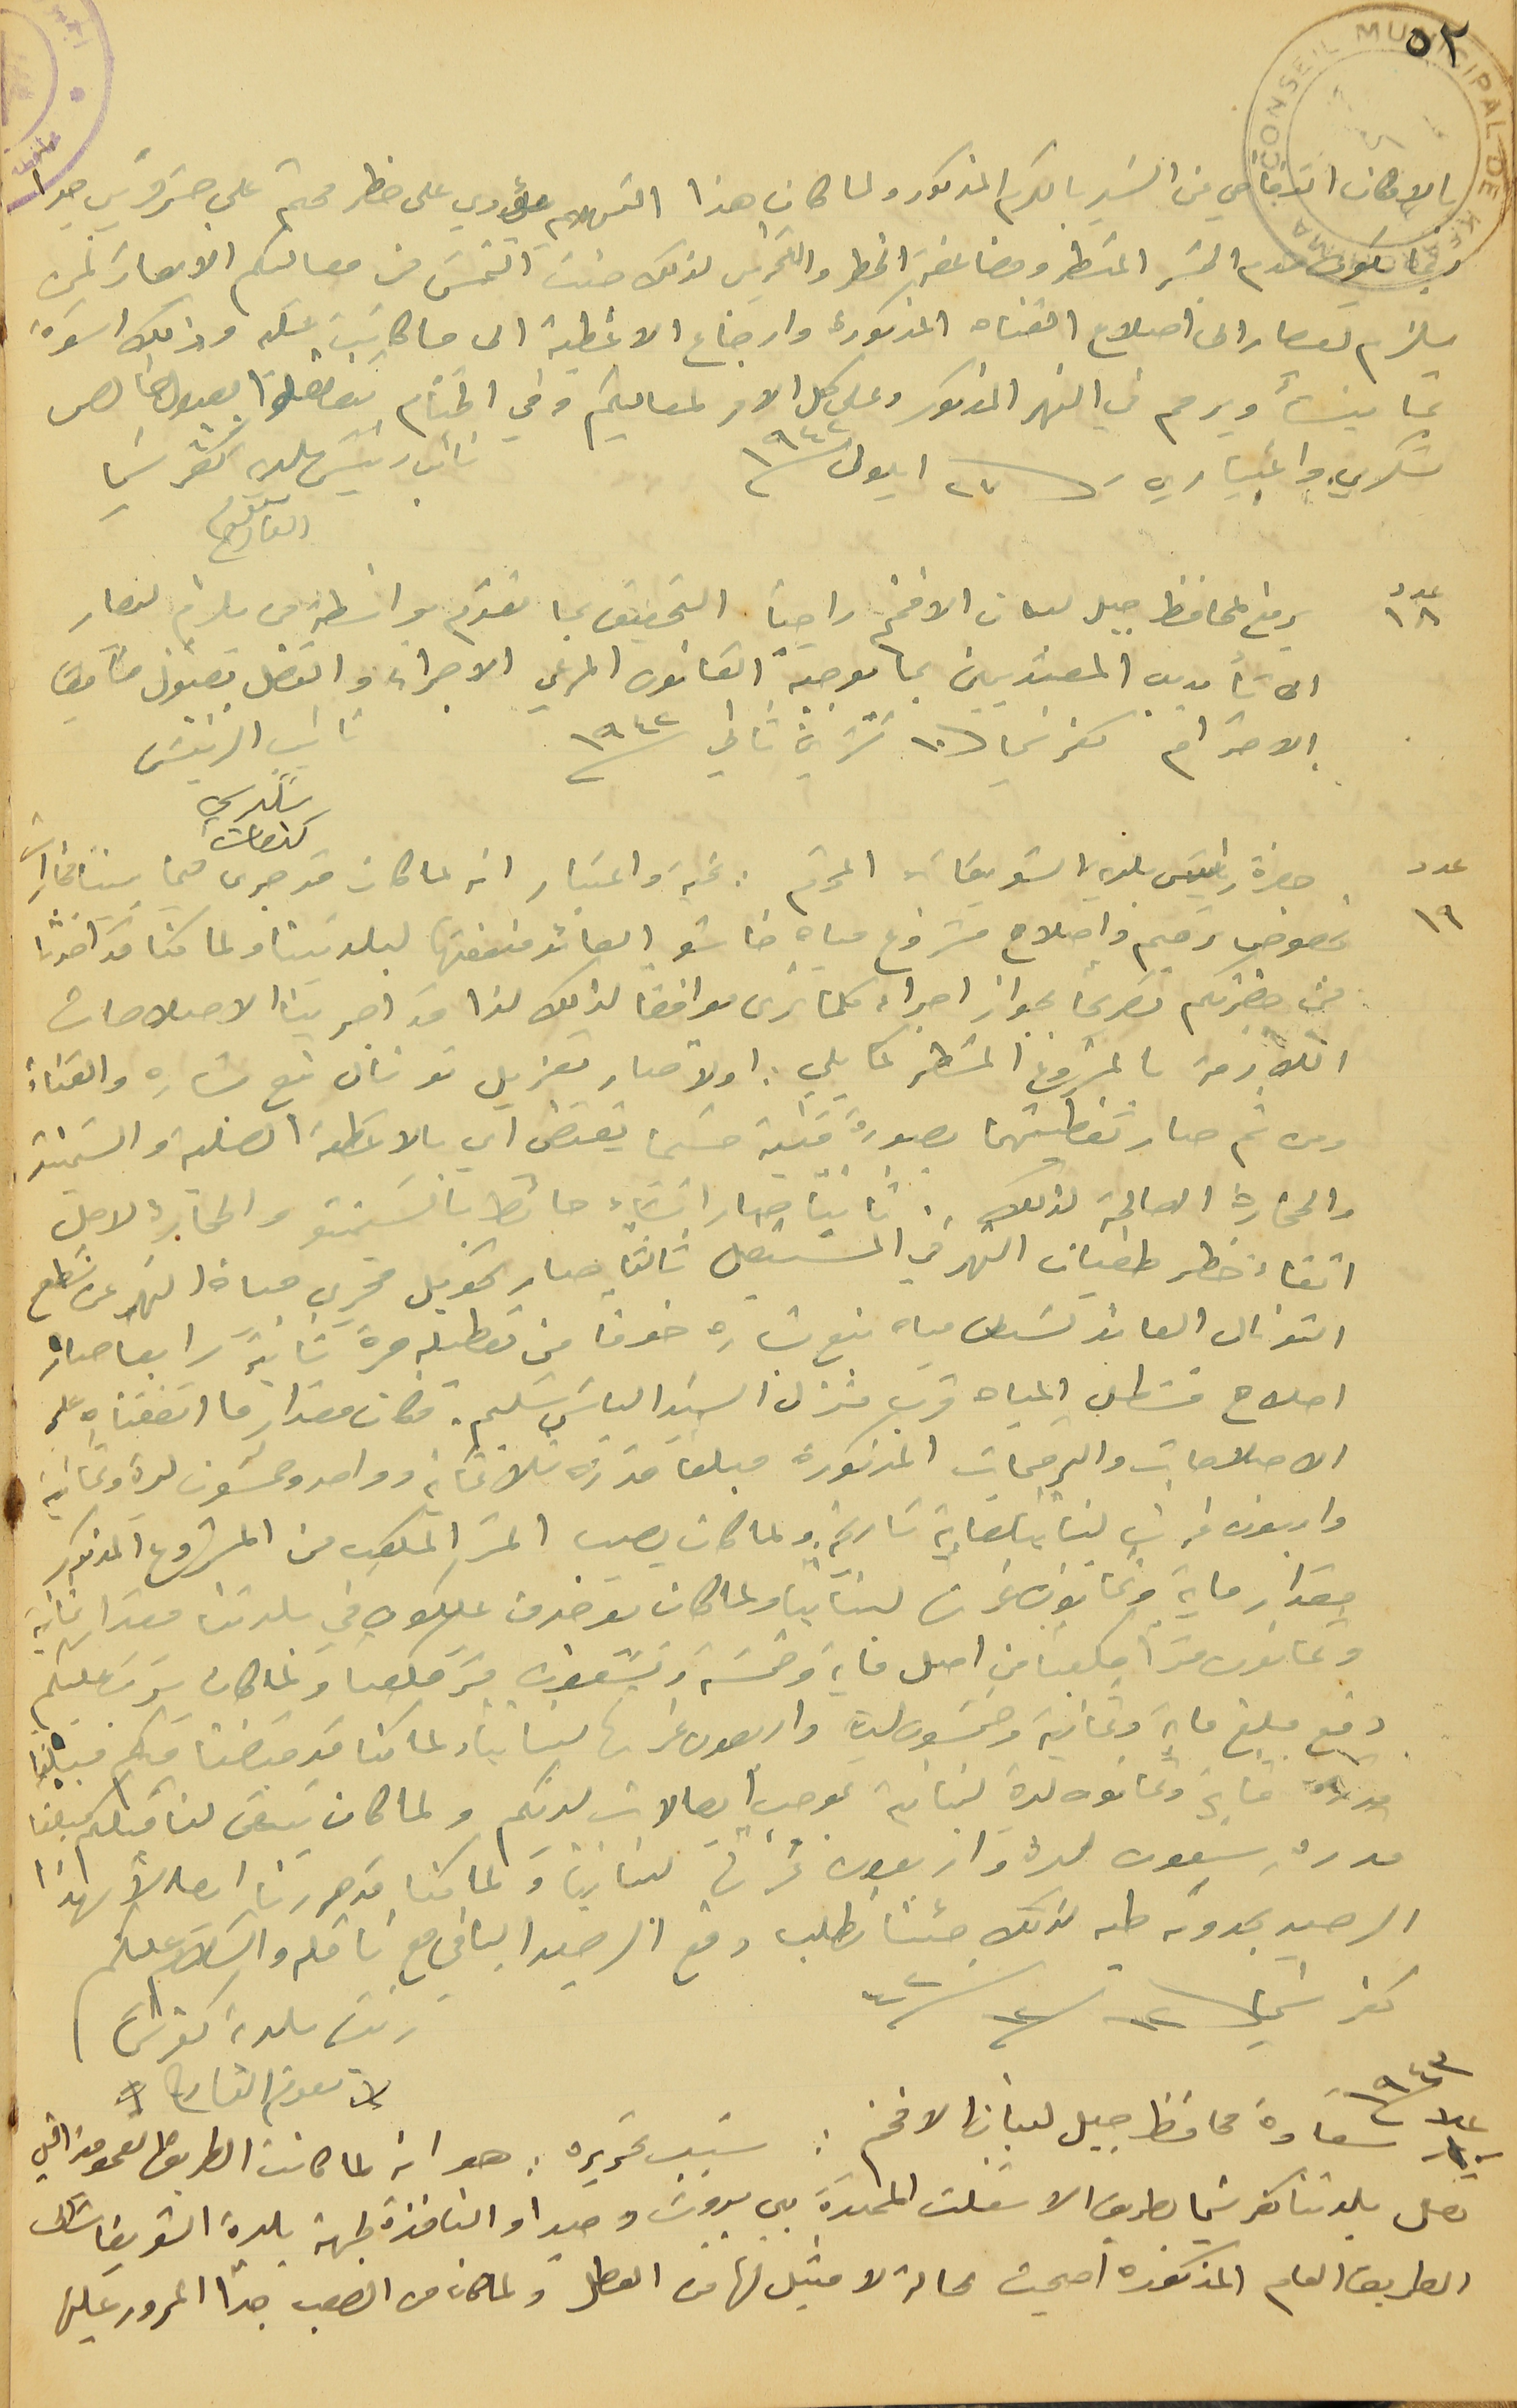
٥٢
بالامكان التغاضي عن السَير بالكرم المذكور ولما كان هذا التهدم يؤدي على خطر محتم على جسَر قريب جدا
ربما يكون قدم الجسَر المسَطر ومضاعفة الخطر والتخريب لذلك جئت التمسَ من معاليكم الايعاز لمن
يلزم ليصار الى اصلاح القناه المذكورة وارجاع الاغطية الى ما كانت عليه وذلك اسَوة
بما ينشأ ويرمم في النهر المذكور وعلى كل الامر لمعاليكم وفي الختام تفضلوا بقبول بخالص
يرفع لمحافظ جبل لبنان الافخم راجياً التحقيق بما تقدم بواسَطة من يلزم ليصار
الى تأديب المعتديين بما يوجبة القانون المرعي الاجراء والتفضل بقبول فايق
الاحترام كفرشيما 10 تشرين ثاني سنه 1942
حضرة رئيس بلدية الشويفات المحترم : تحية واعتبار انه لما كان قد جرى فيما بيننا شجارات
بخصوص ترميم واصلاح مشروع مياه خاشو العائد منفعتها لبلديتنا ولما كنا قد اخذنا
من حضرتكم تصريحاً بجواز اجراء كلما ترى موافقاً لذلك لذا قد اجرينا الاصلاحات
اللازمة بالمشروع المسَطر كما يلي. اولا صار تعزيل تونال نبع بشاره والقناة
ومن ثم صار تغطيتهما بصورة فنية حسَبما يقتضى اي بالاغطية الصلبة والسَمنتيه.
والححارة الصالحة لذلك. ثانياً صار انشاء حائط بالسَيمنتو والحجار لاجل
اتقاء خطر طفيان النهر في المسَتقبل ثالثاً صار تحويل مجرى قناة النهر عن سَطح
التونال العائد قسَطل مياه نبع بشاره خوفًا من تعطيله مرة ثانية رابعا صار
اصلاح قسَطل المياه قرب منزل السَيد الياسَ سَليم. فكان مقدار ما انفقناه على
الاصلاحات والترميمات المذكورة مبلغا قدره ثلاثماية وواحد وخمسَون ليرة وثمانية
 واربعون غرشا لبنانيًا لغاية تاريخه. ولما كان يصيب المتر المكعب من المشروع المذكور
مقدار ماية وثمانون غرشا  لبنانياً ولما كان يوجد من يملكون في بلدتنا مقدار ثمانية
 وثمانون مترًا مكعبا من اصل ماية وخمسَة وتسَعون متر مكعبا ولما كان يرتب عليكم
دفع مبلغ ماية وثمانية وخمسَون ليرة واربعون غرشا لبنانياً ولما كنا قد قبضنا منكم مبلغًا
قدره ماية وثمانون ليرة لبنانية بموجب ايصالات لديكم ولما كان يتبقى لنا منكم مبلغا
قدره سَبعون ليرة واربعون غرشاً لبنانياً ولما كنا قد حررنا ايصالاً بهذا
الرصيد تجدونه طيه لذلك جئنا نطلب دفع الرصيد الباقي مع ناقله والسَلام عليكم
كفرشيما 12/ 12/ 42
تصل بلدتنا كفرشيما بطريق الاسَفلت الممتدة بين بيروت وصيدا والنافذة لجهة بلدة الشويفات الى
الطريق العام المذكورة اصبحت بحالة لا مثيل لها من العطل ولما كان من الصعب جدًا المرور عليها
شكري واعتباري 27 ايلول /1942
نائب رئيسَ بلدية كفرشيما نعوم القارح
نائب الرئيسَ شكري كنعان
عدد ١٩
عدد ١٨
رئيسَ بلدية كفرشيما نعوم القارح
1943/ عدد 1
سَعادة محافظ جبل لبنان الافخم: سَبب تحريره : هو انه لما كان الطريق العمومي التي